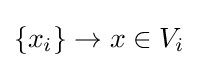
\left\{x_{i}\right\}\to x\in V_{i}